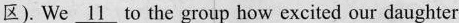
区). We \underline{11} to the group how excited our daughter